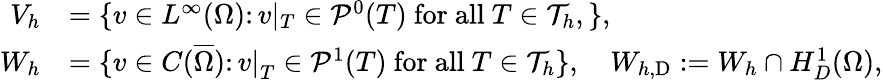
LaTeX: \begin{array}{rl}{V_{h}}&{=\{ v\in L^{\infty}(\Omega)\colon v|_{T}\in\mathcal{P}^{0}(T)\ \mathrm{for~all}\ T\in\mathcal{T}_{h},\} ,}\\ {W_{h}}&{=\{ v\in C(\overline{\Omega})\colon\left.v\right|_{T}\in\mathcal{P}^{1}(T)\ \mathrm{for~all}\ T\in\mathcal{T}_{h}\} ,\quad W_{h,\textup{D}}:=W_{h}\cap H_{D}^{1}(\Omega),}\end{array}